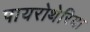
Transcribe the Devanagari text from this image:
पायरोथेरिया